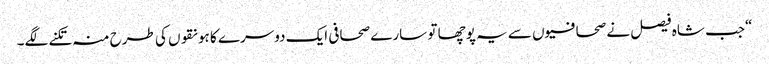
“جب شاہ فیصل نے صحافیوں سے یہ پوچھا تو سارے صحافی ایک دوسرے کا ہونقوں کی طرح منہ تکنے لگے۔